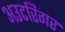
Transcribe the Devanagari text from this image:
अउटरिगर